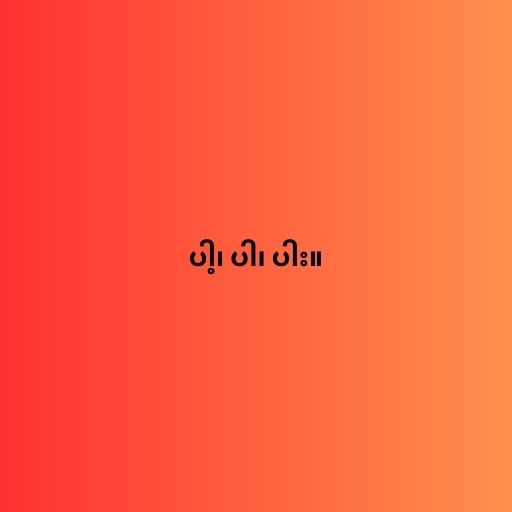
ပါ့၊ ပါ၊ ပါး။